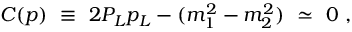
C ( p ) \ \equiv \ 2 P _ { L } p _ { L } - ( m _ { 1 } ^ { 2 } - m _ { 2 } ^ { 2 } ) \ \simeq \ 0 \ ,